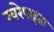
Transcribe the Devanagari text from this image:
खरेपाहता